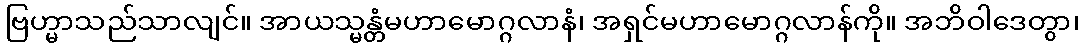
ဗြဟ္မာသည်သာလျင်။ အာယသ္မန္တံမဟာမောဂ္ဂလာနံ၊ အရှင်မဟာမောဂ္ဂလာန်ကို။ အဘိဝါဒေတွာ၊